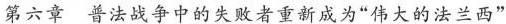
第六章 普法战争中的失败者重新成为“伟大的法兰西”